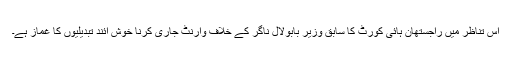
اس تناظر میں راجستھان ہائی کورٹ کا سابق وزیر بابولال ناگر کے خلاف وارنٹ جاری کرنا خوش آئند تبدیلیوں کا غماز ہے۔